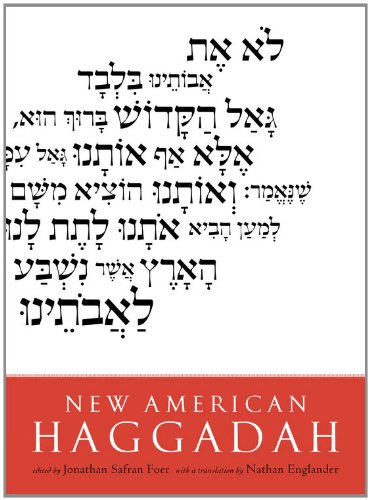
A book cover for New American Haggadah; Jonathan Safran Foer; Religion & Spirituality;